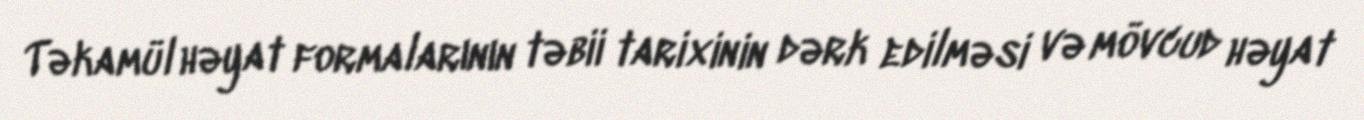
Təkamül həyat formalarının təbii tarixinin dərk edilməsi və mövcud həyat